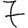
Digit: 7